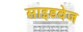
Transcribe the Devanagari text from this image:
साइडवेज